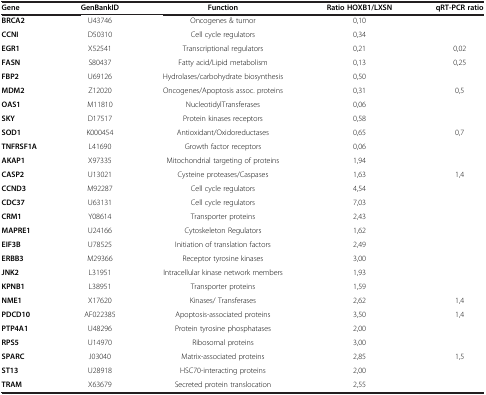
<table><thead><tr><td><b>Gene</b></td><td><b>GenBankID</b></td><td><b>Function</b></td><td><b>Ratio HOXB1/LXSN</b></td><td><b>qRT-PCR ratio</b></td></tr></thead><tbody><tr><td><b>BRCA2</b></td><td>U43746</td><td>Oncogenes &amp; tumor</td><td>0,10</td><td> </td></tr><tr><td><b>CCNI</b></td><td>D50310</td><td>Cell cycle regulators</td><td>0,34</td><td> </td></tr><tr><td><b>EGR1</b></td><td>X52541</td><td>Transcriptional regulators</td><td>0,21</td><td>0,02</td></tr><tr><td><b>FASN</b></td><td>S80437</td><td>Fatty acid/Lipid metabolism</td><td>0,13</td><td>0,25</td></tr><tr><td><b>FBP2</b></td><td>U69126</td><td>Hydrolases/carbohydrate biosynthesis</td><td>0,50</td><td> </td></tr><tr><td><b>MDM2</b></td><td>Z12020</td><td>Oncogenes/Apoptosis assoc. proteins</td><td>0,31</td><td>0,5</td></tr><tr><td><b>OAS1</b></td><td>M11810</td><td>NucleotidylTransferases</td><td>0,06</td><td> </td></tr><tr><td><b>SKY</b></td><td>D17517</td><td>Protein kinases receptors</td><td>0,58</td><td> </td></tr><tr><td><b>SOD1</b></td><td>K000454</td><td>Antioxidant/Oxidoreductases</td><td>0,65</td><td>0,7</td></tr><tr><td><b>TNFRSF1A</b></td><td>L41690</td><td>Growth factor receptors</td><td>0,06</td><td> </td></tr><tr><td><b>AKAP1</b></td><td>X97335</td><td>Mitochondrial targeting of proteins</td><td>1,94</td><td> </td></tr><tr><td><b>CASP2</b></td><td>U13021</td><td>Cysteine proteases/Caspases</td><td>1,63</td><td>1,4</td></tr><tr><td><b>CCND3</b></td><td>M92287</td><td>Cell cycle regulators</td><td>4,54</td><td> </td></tr><tr><td><b>CDC37</b></td><td>U63131</td><td>Cell cycle regulators</td><td>7,03</td><td> </td></tr><tr><td><b>CRM1</b></td><td>Y08614</td><td>Transporter proteins</td><td>2,43</td><td> </td></tr><tr><td><b>MAPRE1</b></td><td>U24166</td><td>Cytoskeleton Regulators</td><td>1,62</td><td> </td></tr><tr><td><b>EIF3B</b></td><td>U78525</td><td>Initiation of translation factors</td><td>2,49</td><td> </td></tr><tr><td><b>ERBB3</b></td><td>M29366</td><td>Receptor tyrosine kinases</td><td>3,00</td><td> </td></tr><tr><td><b>JNK2</b></td><td>L31951</td><td>Intracellular kinase network members</td><td>1,93</td><td> </td></tr><tr><td><b>KPNB1</b></td><td>L38951</td><td>Transporter proteins</td><td>1,59</td><td> </td></tr><tr><td><b>NME1</b></td><td>X17620</td><td>Kinases/ Transferases</td><td>2,62</td><td>1,4</td></tr><tr><td><b>PDCD10</b></td><td>AF022385</td><td>Apoptosis-associated proteins</td><td>3,50</td><td>1,4</td></tr><tr><td><b>PTP4A1</b></td><td>U48296</td><td>Protein tyrosine phosphatases</td><td>2,00</td><td> </td></tr><tr><td><b>RPS5</b></td><td>U14970</td><td>Ribosomal proteins</td><td>3,00</td><td> </td></tr><tr><td><b>SPARC</b></td><td>J03040</td><td>Matrix-associated proteins</td><td>2,85</td><td>1,5</td></tr><tr><td><b>ST13</b></td><td>U28918</td><td>HSC70-interacting proteins</td><td>2,00</td><td> </td></tr><tr><td><b>TRAM</b></td><td>X63679</td><td>Secreted protein translocation</td><td>2,55</td><td> </td></tr></tbody></table>